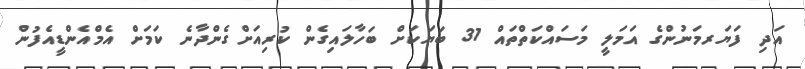
އަދި ފަޔަރމަނުންގެ އަމަލީ މަސައްކަތްތައް 31 ބަޔަކަށް ބަހާލައިގެން ކުރިއަށްގެންދާނެ ކަމަށް އެމްއެންޑީއެފުން